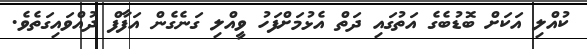
ކުއްލި އަކަށް ބޮޑުބެގެ އަތުގައި ދަތް އެޅުމަށްފަހު ވީއްލި ގަނެގެން އަފާފް ދުއްވައިގަތެވެ.